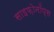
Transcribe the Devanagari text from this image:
साइफ़ोनॉप्स